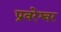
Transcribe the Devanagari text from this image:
प्रवरेश्वर